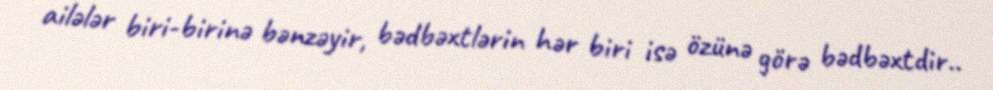
ailələr biri-birinə bənzəyir, bədbəxtlərin hər biri isə özünə görə bədbəxtdir..